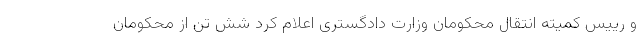
و رییس کمیته انتقال محکومان وزارت دادگستری اعلام کرد شش تن از محکومان